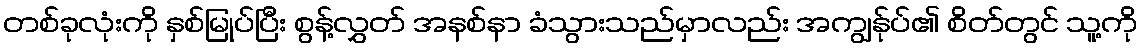
တစ်ခုလုံးကို နှစ်မြုပ်ပြီး စွန့်လွှတ် အနစ်နာ ခံသွားသည်မှာလည်း အကျွန်ုပ်၏ စိတ်တွင် သူ့ကို